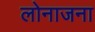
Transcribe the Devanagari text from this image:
लोनाजना